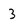
Character: 3